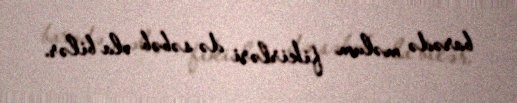
barədə məlum fikirləri də səbəb ola bilər.